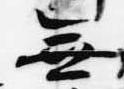
無